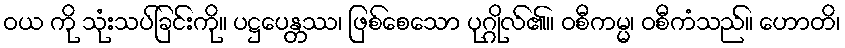
ဝယ ကို သုံးသပ်ခြင်းကို။ ပဋ္ဌပေန္တဿ၊ ဖြစ်စေသော ပုဂ္ဂိုလ်၏။ ဝစီကမ္မ၊ ဝစီကံသည်။ ဟောတိ၊